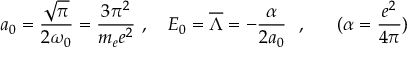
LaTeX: a _ { 0 } = { \frac { \sqrt { \pi } } { 2 \omega _ { 0 } } } = { \frac { 3 \pi ^ { 2 } } { m _ { e } e ^ { 2 } } } ~ , ~ ~ ~ E _ { 0 } = \overline { { { \Lambda } } } = - { \frac { \alpha } { 2 a _ { 0 } } } ~ ~ , ~ ~ ~ ~ ~ ( \alpha = { \frac { e ^ { 2 } } { 4 \pi } } )